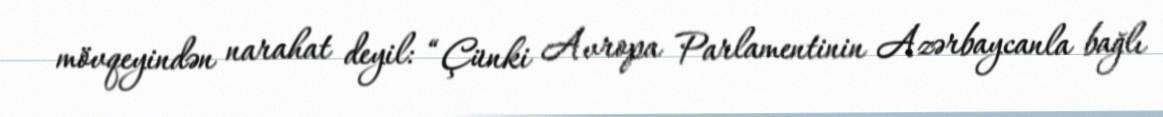
mövqeyindən narahat deyil: “Çünki Avropa Parlamentinin Azərbaycanla bağlı